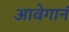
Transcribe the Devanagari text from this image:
आवेगानं